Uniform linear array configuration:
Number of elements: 8
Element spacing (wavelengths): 1
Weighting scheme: binomial
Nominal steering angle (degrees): -30
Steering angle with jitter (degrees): -29.974
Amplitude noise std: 0.05
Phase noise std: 0.05

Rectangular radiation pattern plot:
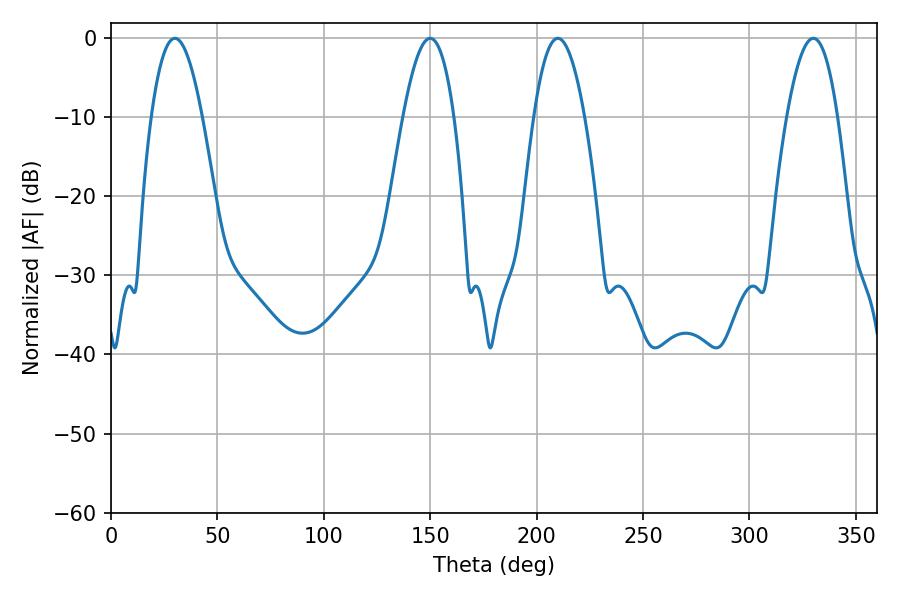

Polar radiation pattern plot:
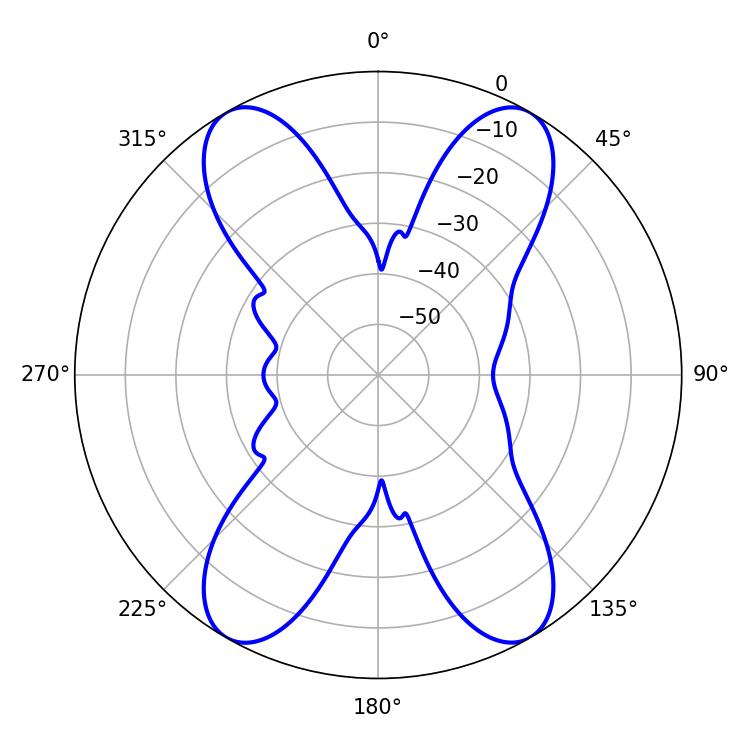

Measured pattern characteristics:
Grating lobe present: TRUE
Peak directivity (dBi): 28.199
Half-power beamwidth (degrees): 13.14
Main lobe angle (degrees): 30.06